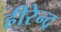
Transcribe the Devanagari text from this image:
हीरेन्द्र